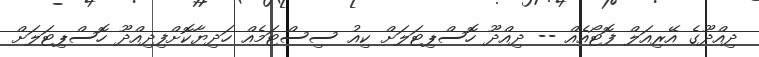
ދިއްދޫގެ އޭރިއަލް ފޮޓޯއެއް -- ދިއްދޫ ހޮސްޕިޓަލަށް ކިއު ސިސްޓަމެއް ހަދިޔާކޮށްފިދިއްދޫ ހޮސްޕިޓަލަށް